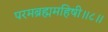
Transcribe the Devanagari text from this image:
परमब्रह्ममहिषी॥८॥